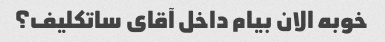
خوبه الان بیام داخل آقای ساتکلیف؟